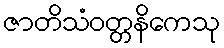
ဇာတိသံဝတ္တနိကေသု